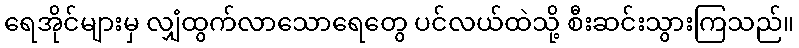
ရေအိုင်များမှ လျှံထွက်လာသောရေတွေ ပင်လယ်ထဲသို့ စီးဆင်းသွားကြသည်။